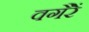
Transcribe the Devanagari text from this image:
वगैरें